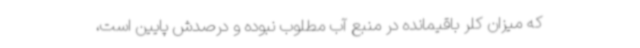
که میزان کلر باقیمانده در منبع آب‌ مطلوب نبوده و درصدش پایین است،